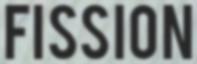
FISSION